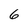
Character: 6